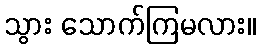
သွား သောက်ကြမလား။